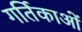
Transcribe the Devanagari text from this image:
गर्तिकाओं